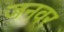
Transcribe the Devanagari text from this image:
जनवर